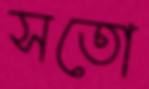
সতো